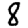
Digit: 8